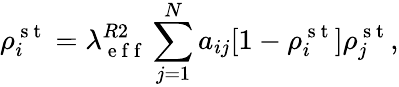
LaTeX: \rho_{i}^{\mathrm{~s~t~}}=\lambda_{\mathrm{~e~f~f~}}^{R2}\sum_{j=1}^{N}a_{ij}[1-\rho_{i}^{\mathrm{~s~t~}}]\rho_{j}^{\mathrm{~s~t~}},